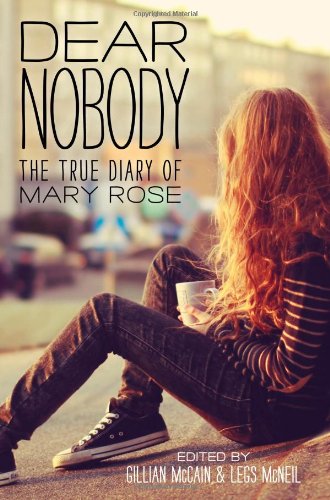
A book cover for Dear Nobody: The True Diary of Mary Rose; Legs McNeil; Teen & Young Adult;